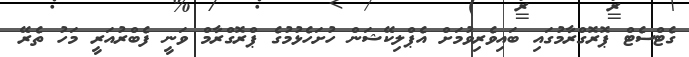
ގެޓްސެޓް ޕޮރޮގްރާމުގައި ބައިވެރިވުމަށް އެޕްލިކޭޝަން ހުށަހެޅުމުގެ ޕްރޮގްރާމް ވަނީ ފެބްރުއަރީ މަހު ތެރޭ